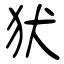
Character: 犾